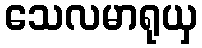
သေလမာရုယှ